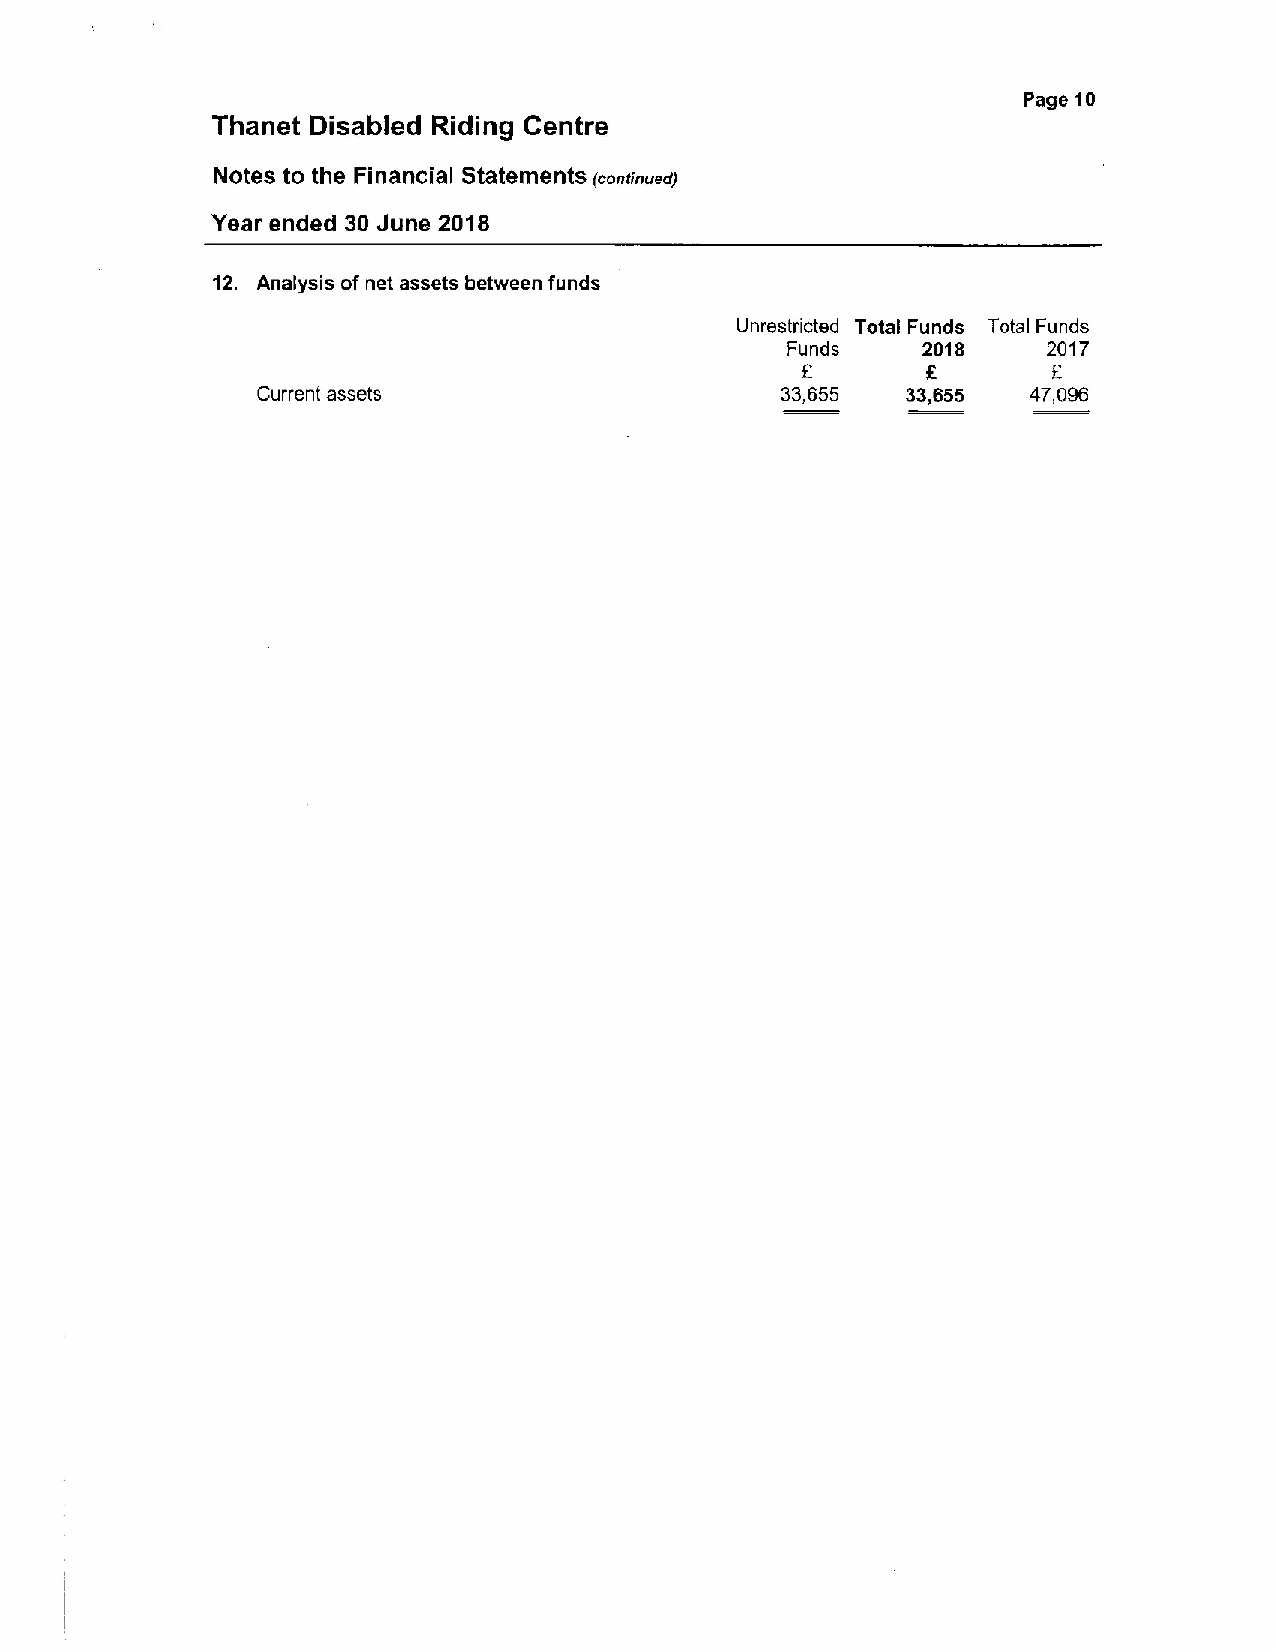
Page 10
 Thanet Disabled Riding Centre
 Notes to the Financial Statements (conrrooedj
 Year ended 30 June 2018
 12. Analysis of net assets between funds
 Unrestricted Total Funds Total Funds
 Funds    2018    2017
 E
 Current assets                     33,655  33,655  47,096